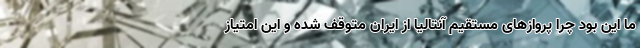
ما این بود چرا پروازهای مستقیم آنتالیا از ایران متوقف شده و این امتیاز